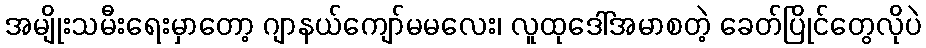
အမျိုးသမီးရေးမှာတော့ ဂျာနယ်ကျော်မမလေး၊ လူထုဒေါ်အမာစတဲ့ ခေတ်ပြိုင်တွေလိုပဲ